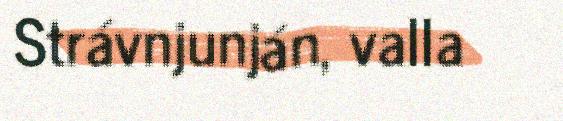
Strávnjunján, valla